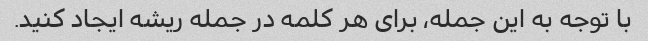
با توجه به این جمله، برای هر کلمه در جمله ریشه ایجاد کنید.